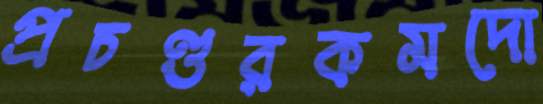
প্রচণ্ডরকমদো